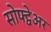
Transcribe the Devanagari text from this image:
सोफ्ट्वेअर